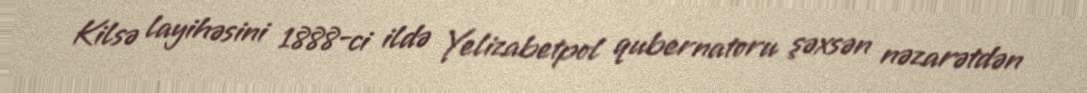
Kilsə layihəsini 1888-ci ildə Yelizabetpol qubernatoru şəxsən nəzarətdən